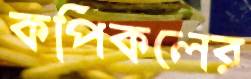
কপিকলের